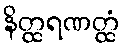
နိတ္ထရဏတ္ထံ